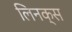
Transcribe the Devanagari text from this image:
लिनक्‍स